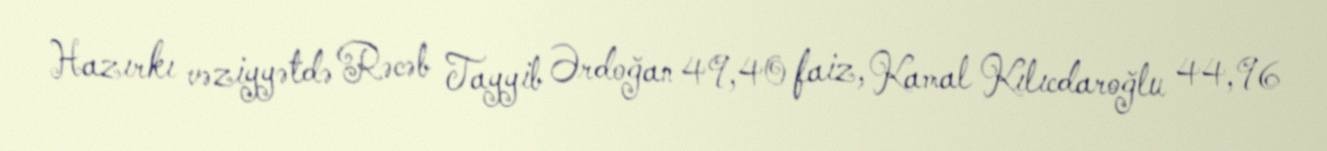
Hazırkı vəziyyətdə Rəcəb Tayyib Ərdoğan 49,40 faiz, Kamal Kılıcdaroğlu 44,96